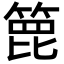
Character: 𥰕